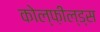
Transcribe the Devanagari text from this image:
कोल्फ़ील्ड्स